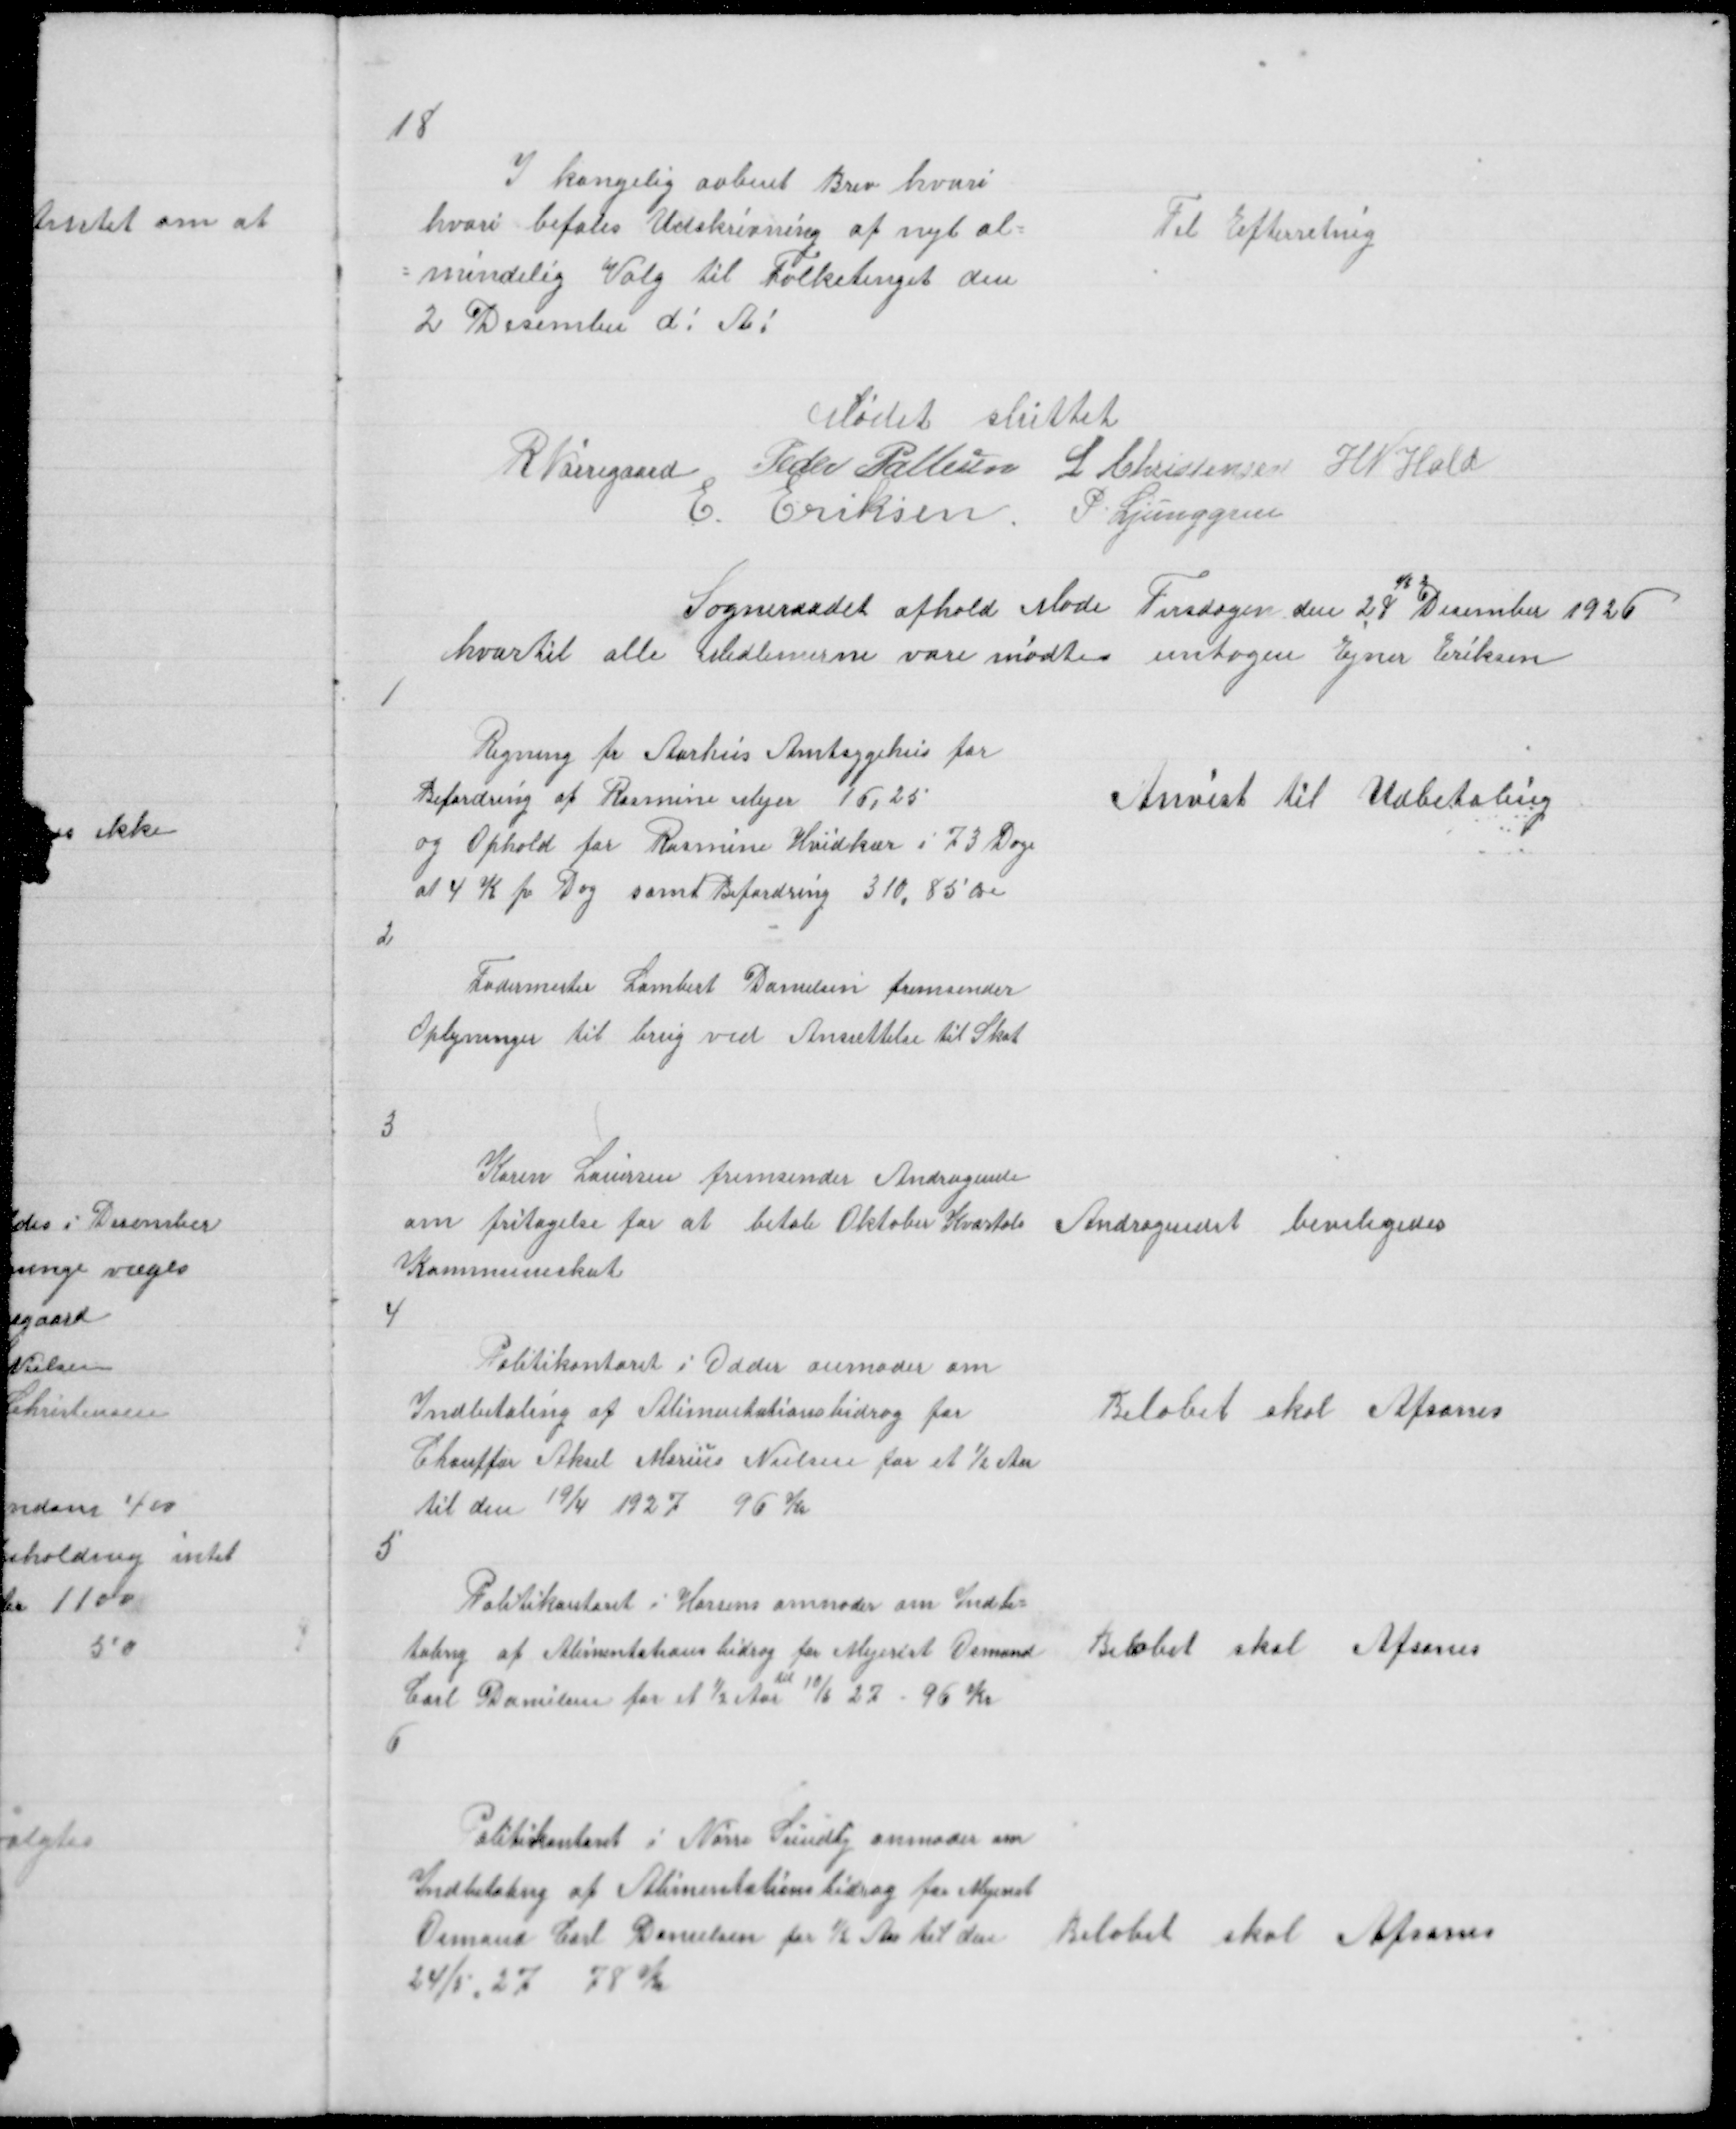
Transskription:
18

I kongeli aabent Brev hvori
hvori befales Udskrivning af nyt al =
= mindelig Valg til Folketinget den
2 Desember d! A!

Til Efterretning

Mødet sluttet
R Nørregaard Peder Pallesen L Christensen H N Hald
E Eriksen
P Ljunggren

Sogneraadet afhold Møde Tirsdagen den 28 Desember 1926
hvortil alle Medlemerne vare mødte untagen Ejner Eriksen

1

Regning fr Aarhus Amtsygehus for
Befordring af Rasmine Mejer 16,25
og Ophold for Rasmine Hvidkær i 73 Dage
at 4 K pr Dag samt Befordring 310,85 Øre

Anvist til Udbetaling

2

Fodermester Lambert Danielsen fremsender
Oplysninger til brug ved Ansættelse af Skat

3

Karen Lauersen fremsender Andragende
om Fritagelse for at betale Oktober Kvartals
Kommuneskat

Andragendet beviligedes

4

Politikontoret i Odder anmoder om
Indbetaling af Alimentationsbidrag for
Chauffør Aksel Marius Nielsen for ½ Aar
til den 19/4 1927 96 Kr

Beløbet skal Afsones

5

Politikontoret i Horsens anmoder om Indbe =
talig af Alimentationsbidrag for Mejerist Osmand
Carl Danielsen for et ½ Aar til 10/6 27 96 Kr

Beløbet skal Afsones

6

Politikontoret i Nørre Sundby anmoder om
Indbetaling af Alimentationsbidrag for Mejerist
Osmand Carl Danielsen for ½ Aar til den
24/5 27 78 Kr

Beløbet skal Afsones